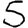
Digit: 5